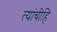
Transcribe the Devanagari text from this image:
त्यांचीहि